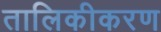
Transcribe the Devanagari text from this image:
तालिकीकरण